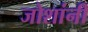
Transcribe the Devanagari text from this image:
जोशांनी